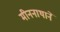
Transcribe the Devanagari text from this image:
मीननाथानें